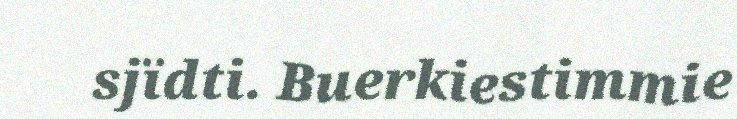
sjïdti. Buerkiestimmie